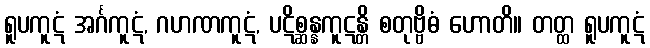
ရူပကူဋံ အင်္ဂကူဋံ, ဂဟဏကူဋံ, ပဋိစ္ဆန္နကူဋန္တိ စတုဗ္ဗိဓံ ဟောတိ။ တတ္ထ ရူပကူဋံ